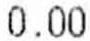
0.00